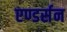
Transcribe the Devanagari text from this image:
एण्डर्सन